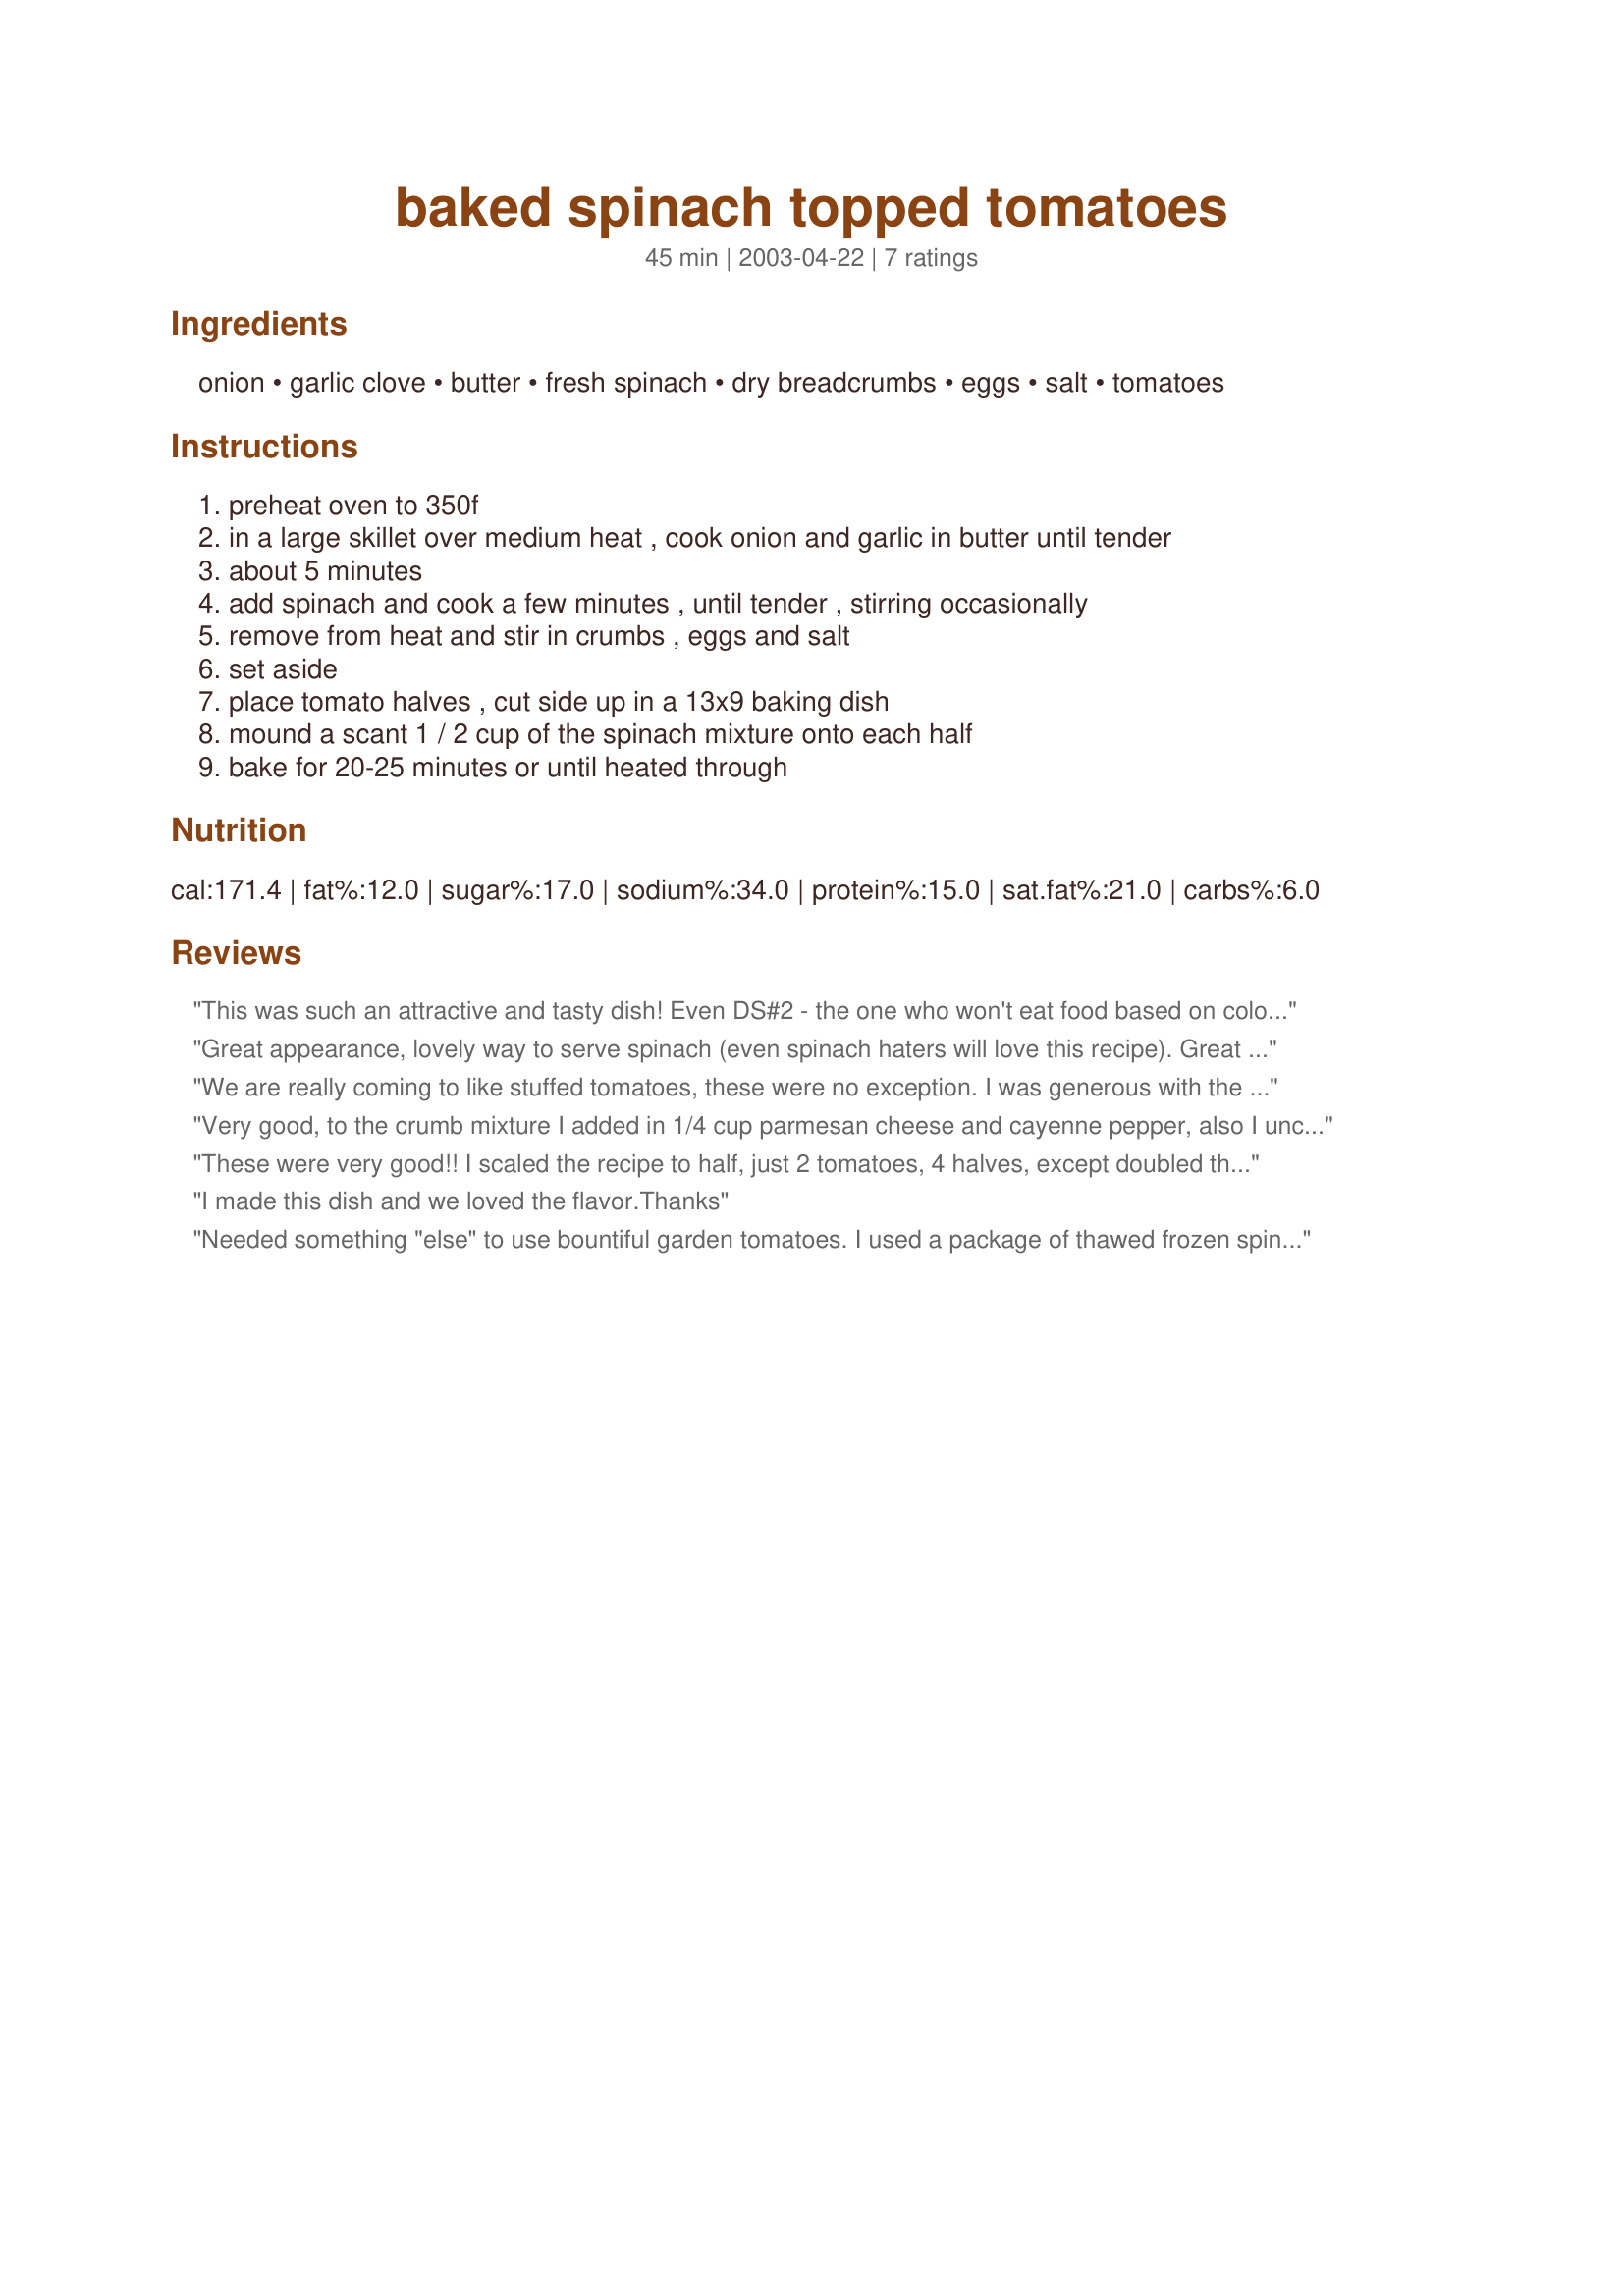
baked spinach topped tomatoes
Preparation time: 45 minutes

Ingredients:
onion, garlic clove, butter, fresh spinach, dry breadcrumbs, eggs, salt, tomatoes

Steps:
preheat oven to 350f
in a large skillet over medium heat , cook onion and garlic in butter until tender
about 5 minutes
add spinach and cook a few minutes , until tender , stirring occasionally
remove from heat and stir in crumbs , eggs and salt
set aside
place tomato halves , cut side up in a 13x9 baking dish
mound a scant 1 / 2 cup of the spinach mixture onto each half
bake for 20-25 minutes or until heated through

Reviews:
This was such an attractive and tasty dish! Even DS#2 - the one who won't eat food based on colour - was so taken with the appearance of these that he ate one! That makes it #1 for me and it's a definite keeper. They're already on my Christmas menu. Thanks Kim.
Great appearance, lovely way to serve spinach (even spinach haters will love this recipe). Great flavor with the garlic onion tomato & spinach, Followed the recipe but cut back to 1 egg and sprinkled the top with parmesan cheese - A winner Kim Thanks for posting
We are really coming to like stuffed tomatoes, these were no exception. I was generous with the stuffing, and hollowed out a good bit of the tomatoes to make room for the spinach! Easily prepared and good to eat, a hit!

Thanks Kim!

Made for Lucky 13 Vegetarian Swap
Very good, to the crumb mixture I added in 1/4 cup parmesan cheese and cayenne pepper, also I uncreased the garlic to 6 cloves and used seasoned salt and lots of fresh ground black pepper, with those changes these were thoroughly enjoyed, thanks Kim!
These were very good!! I scaled the recipe to half, just 2 tomatoes, 4 halves, except doubled the garlic and we also sprinkled parmesan on top. Great way to serve tomatoes and spinach, we will certainly do these again!! thanks for sharing.
I made this dish and we loved the flavor.Thanks
Needed something "else" to use bountiful garden tomatoes. I used a package of thawed frozen spinach (in retrospect, should have used swiss chard !) - and cooked it along with the onion and garlic. I made a shallow hollow in 4 EXTREMELY ripe tomato halves, and stuffed the spinach mixture inside. Topped with a scant handful of Monteray Jack cheese -(Parmesan would have been better) -- and baked for 25 minutes. made a tasty side for left-over pork tenderloin. Thanks for posting, Kim.
